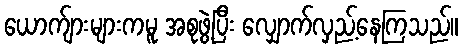
ယောက်ျားများကမူ အစုဖွဲ့ပြီး လျှောက်လှည့်နေကြသည်။